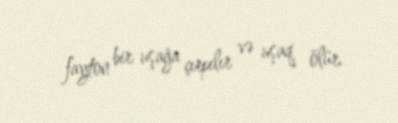
fayton bir uşağa çırpılır və uşaq ölür.